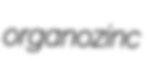
organozinc